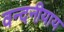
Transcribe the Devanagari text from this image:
वन्दनीयाय